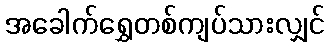
အခေါက်ရွှေတစ်ကျပ်သားလျှင်